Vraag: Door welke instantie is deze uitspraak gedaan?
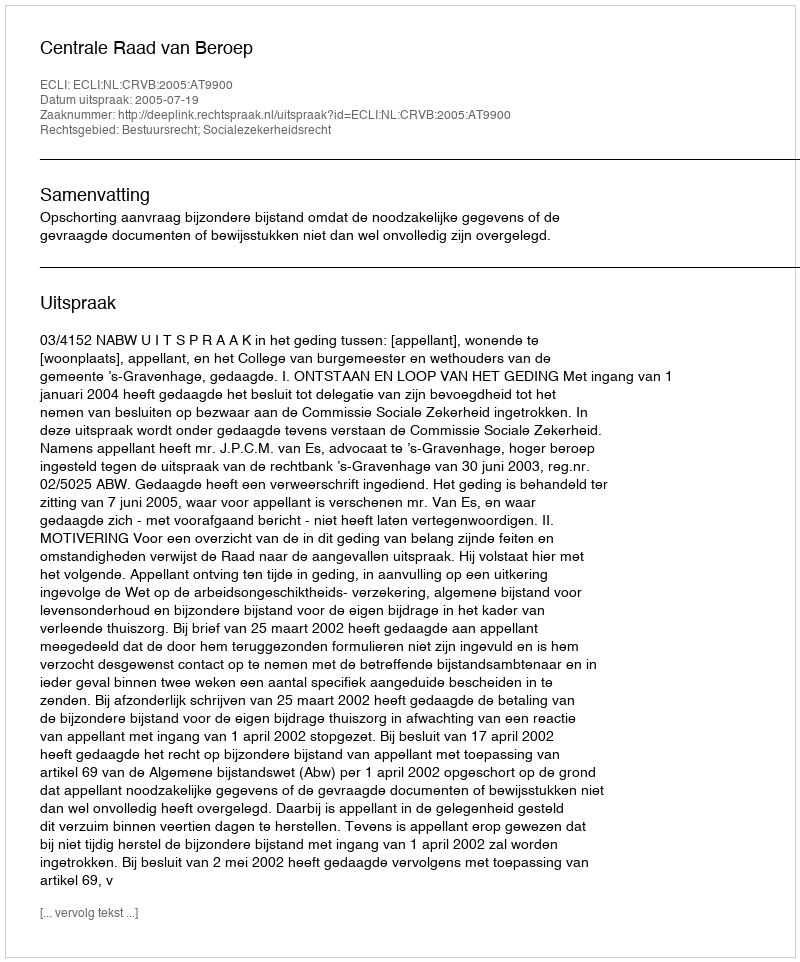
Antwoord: Centrale Raad van Beroep